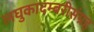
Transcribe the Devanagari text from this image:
लघुकादम्बरीसंग्रह